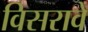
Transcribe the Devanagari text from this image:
विसरावे